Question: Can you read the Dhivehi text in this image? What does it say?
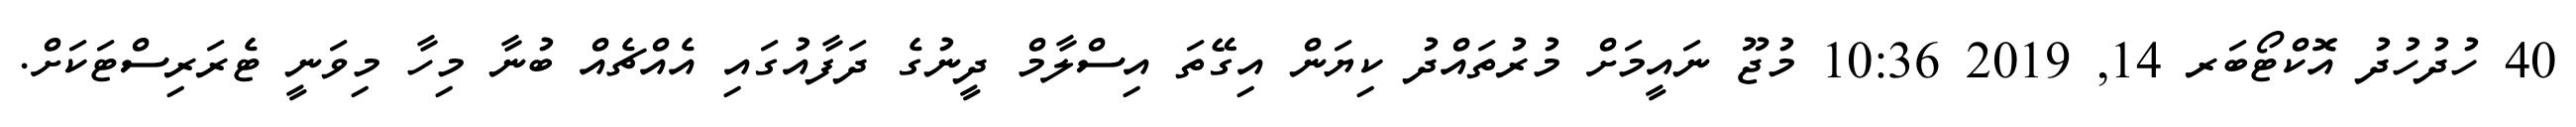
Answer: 40 ހުދުހުދު އޮކްޓޯބަރ 14, 2019 10:36 މުޖޫ ނައީމަށް މުރުތައްދު ކިޔަން އިގޭތަ އިސްލާމް ދީނުގެ ދަފާއުގައި އެއްޗެއް ބުނާ މިހާ މިވަނީ ޓެރަރިސްޓަކަށް.